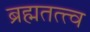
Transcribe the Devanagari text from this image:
ब्रह्मतत्त्व